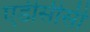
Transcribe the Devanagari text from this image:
एडीसीसी